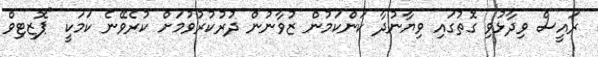
ރައީސް ވިދާޅުވި ގޮތުގައި ވިޔާނުދާ ކަންކަމުން ޒުވާނުން ދުރުކުރުވުމަށް ކުރެވޭނެ ކަމަކީ "ޕޮޒިޓިވް